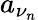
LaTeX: a_{\nu_{n}}